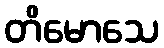
တိမောသေ